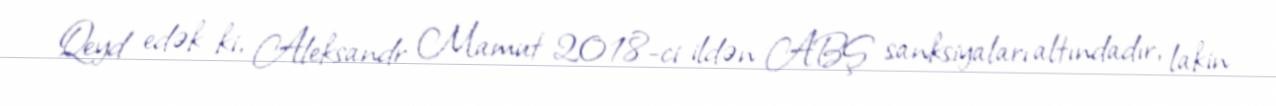
Qeyd edək ki, Aleksandr Mamut 2018-ci ildən ABŞ sanksiyaları altındadır, lakin